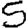
Digit: 5